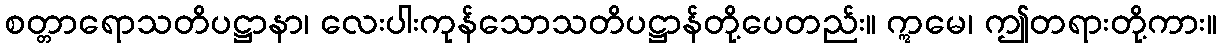
စတ္တာရောသတိပဋ္ဌာနာ၊ လေးပါးကုန်သောသတိပဋ္ဌာန်တို့ပေတည်း။ ဣမေ၊ ဤတရားတို့ကား။